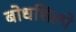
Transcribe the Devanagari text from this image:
बोधशिल्पे